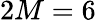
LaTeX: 2M=6